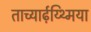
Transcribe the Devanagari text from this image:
ताच्यार्ढ़य्थ्मिया